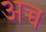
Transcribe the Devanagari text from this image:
अच्च